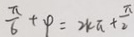
\frac { \pi } { 6 } + \varphi = 2 k \pi + \frac { \pi } { 2 }